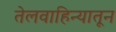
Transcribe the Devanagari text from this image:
तेलवाहिन्यातून